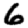
Digit: 6